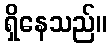
ရှိနေသည်။